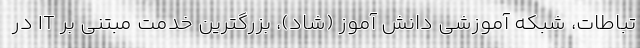
تباطات، شبکه آموزشی دانش آموز (شاد)، بزرگترین خدمت مبتنی بر IT در